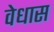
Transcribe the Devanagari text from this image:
वेधास